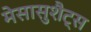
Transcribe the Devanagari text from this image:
मेसासुशैट्स